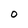
Character: 0